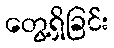
တွေ့ရှိခြင်း